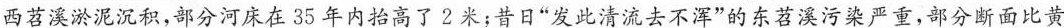
西苕溪淤泥沉积，部分河床在35年内抬高了2米；昔日”发此清流去不浑”的东苕溪污染严重，部分断面比黄